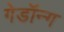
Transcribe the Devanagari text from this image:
गेडॉन्ग